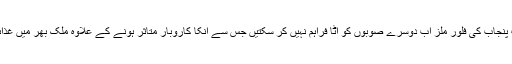
ایف پی سی سی آئی کے صدرغضنفر بلورنے یہاں جاری ہونے والے ایک بیان میں کہا کہ اب پنجاب کی فلور ملز اب دوسرے صوبوں کو آٹا فراہم نہیں کر سکتیں جس سے انکا کاروبار متاثر ہونے کے علاوہ ملک بھر میں غذائی بحران پیدا ہونے کا اندیشہ ہے جبکہ صوبہ خیبر پختونخواہ سب سے زیادہ متاثر ہو رہا ہے۔